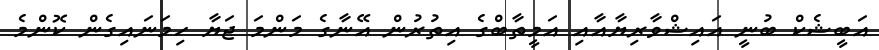
އަބީޝެކް ބުނީ އައިޝްވާރިޔާއާއި އަމީތާބްގެ އިތުރުން އޭނާގެ މަންމަ ޖަޔާ ހިމަނައިގެން ކޮންމެ